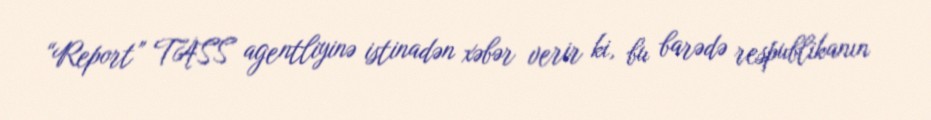
“Report” TASS agentliyinə istinadən xəbər verir ki, bu barədə respublikanın